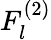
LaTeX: F_{l}^{(2)}